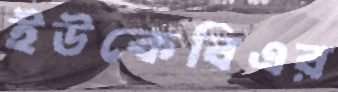
ইউকেবিএর